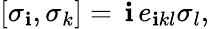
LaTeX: \left[\sigma_{\mathbf{i}},\sigma_{k}\right]=\, \mathbf{i}\, e_{\mathbf{i}kl}\sigma_{l},